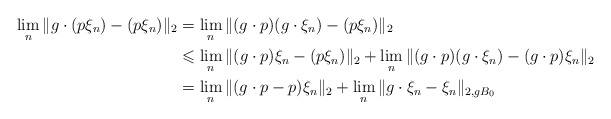
\begin{align*}\lim_n \Vert g \cdot (p\xi_n) - (p\xi_n)\Vert_2 & = \lim_n \Vert (g \cdot p)(g \cdot \xi_n) - (p\xi_n)\Vert_2\\& \leqslant \lim_n \Vert (g \cdot p)\xi_n - (p\xi_n)\Vert_2 + \lim_n \Vert (g \cdot p)(g \cdot \xi_n) - (g \cdot p)\xi_n\Vert_2\\& = \lim_n \Vert (g \cdot p - p)\xi_n\Vert_2 + \lim_n \Vert g \cdot \xi_n - \xi_n\Vert_{2,gB_0}\end{align*}